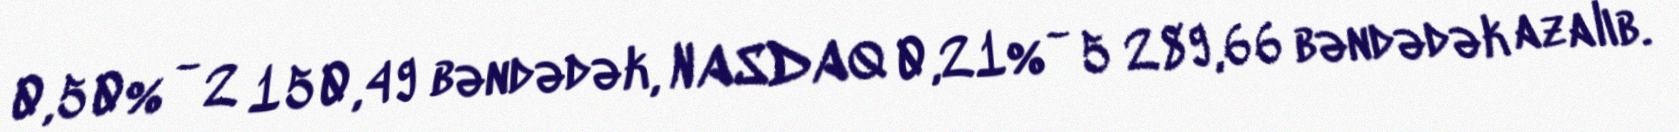
0,50% - 2 150,49 bəndədək, NASDAQ 0,21% - 5 289,66 bəndədək azalıb.